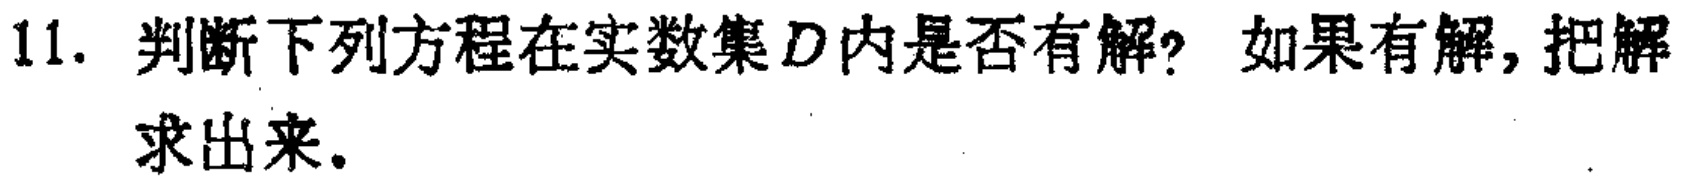
11. 判断下列方程在实数集\(D\)内是否有解？如果有解，把解求出来。